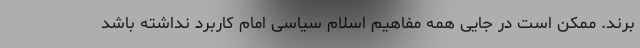
برند. ممکن است در جایی همه مفاهیم اسلام سیاسی امام کاربرد نداشته باشد